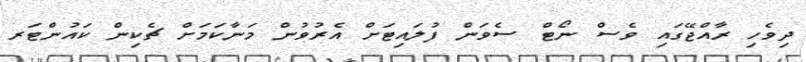
ދިވެހި ރާއްޖޭގައި ވެސް ނޯޓް ސެވަން ފުލައިޓަށް އެރުވުން މަނާކަމަށް ޗެކިން ކައުންޓަރ